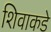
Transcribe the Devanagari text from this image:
शिवाकडे